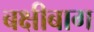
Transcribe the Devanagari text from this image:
बक्षीबाग